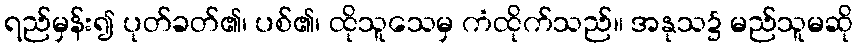
ရည်မှန်း၍ ပုတ်ခတ်၏၊ ပစ်၏၊ ထိုသူသေမှ ကံထိုက်သည်။ အနုသ၌ မည်သူမဆို